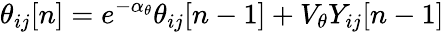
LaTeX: \theta_{ij}[n]=e^{-\alpha_{\theta}}\theta_{ij}[n-1]+V_{\theta}Y_{ij}[n-1]